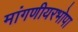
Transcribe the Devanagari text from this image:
मांगणीयरभोपा